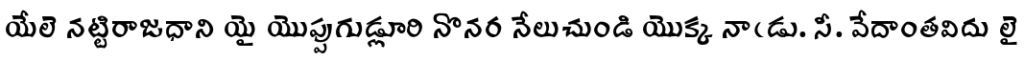
యేలె నట్టిరాజధాని యై యొప్పుగుడ్లూరి నొనర నేలుచుండి యొక్క నాఁడు. సీ. వేదాంతవిదు లై